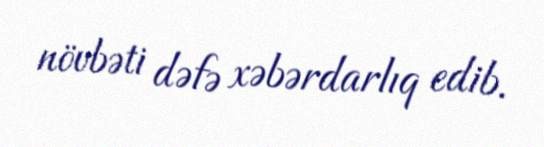
növbəti dəfə xəbərdarlıq edib.